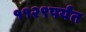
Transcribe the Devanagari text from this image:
११२९पर्यंत